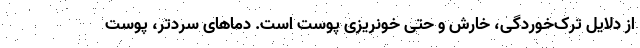
از دلایل ترک‌خوردگی، خارش و حتی خونریزی پوست است. دماهای سردتر، پوست